Source: Handwritten
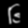
Digit: ၆ (6)